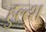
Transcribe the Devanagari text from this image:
हुल्त्श